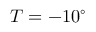
T = - 1 0 ^ { \circ }